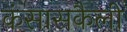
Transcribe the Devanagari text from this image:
कंसासकैली